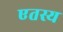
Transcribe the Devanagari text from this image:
एतस्य